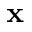
\mathrm { \bf x }